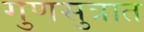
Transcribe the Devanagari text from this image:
गुणसुत्रात